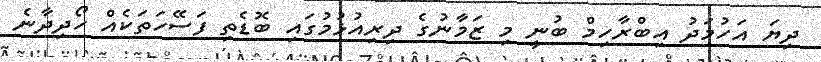
ދިޔަ އަހުމަދު އިބްރާހިމް ބުނީ މި ޒަމާނުގެ ދިރިއުޅުމުގައި ބޮޑެތި ފަސޭހަތަކެއް ހޯދިދާނެ